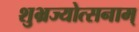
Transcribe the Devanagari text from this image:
शुभ्रज्योत्सनाम्